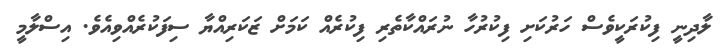
ލާދިނީ ފިކުރަކީވެސް ހަރުކަށި ފިކުރުހާ ނުރައްކާތެރި ފިކުރެއް ކަމަށް ޒަކަރިއްޔާ ސިފަކުރެއްވިއެވެ. އިސްލާމީ